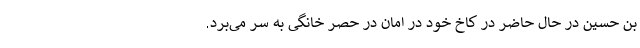
بن حسین در حال حاضر در کاخ خود در امان در حصر خانگی به سر می‌برد.